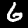
Digit: 6